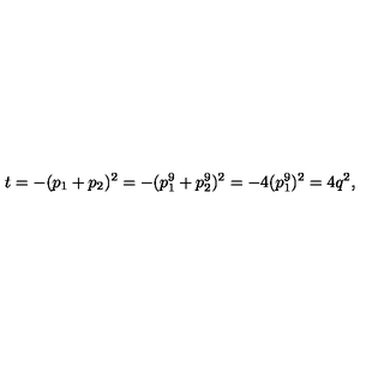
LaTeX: t = - ( p _ { 1 } + p _ { 2 } ) ^ { 2 } = - ( p _ { 1 } ^ { 9 } + p _ { 2 } ^ { 9 } ) ^ { 2 } = - 4 ( p _ { 1 } ^ { 9 } ) ^ { 2 } = 4 q ^ { 2 } ,